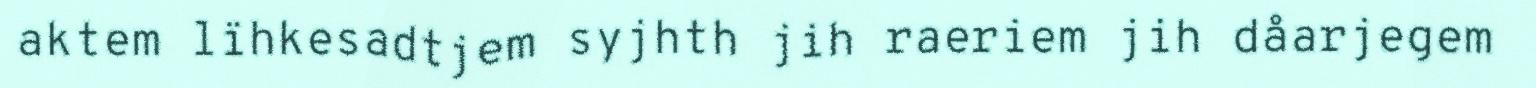
aktem lïhkesadtjem syjhth jih raeriem jih dåarjegem